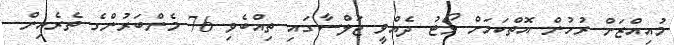
މުއިއްޒަށް ރުހުން އޮތްކަމަށް ވޯޓު ދެއްވީ ޖަލްސާގައި ތިއްބެވި 76 މެންބަރުންގެ ތެރެއިން